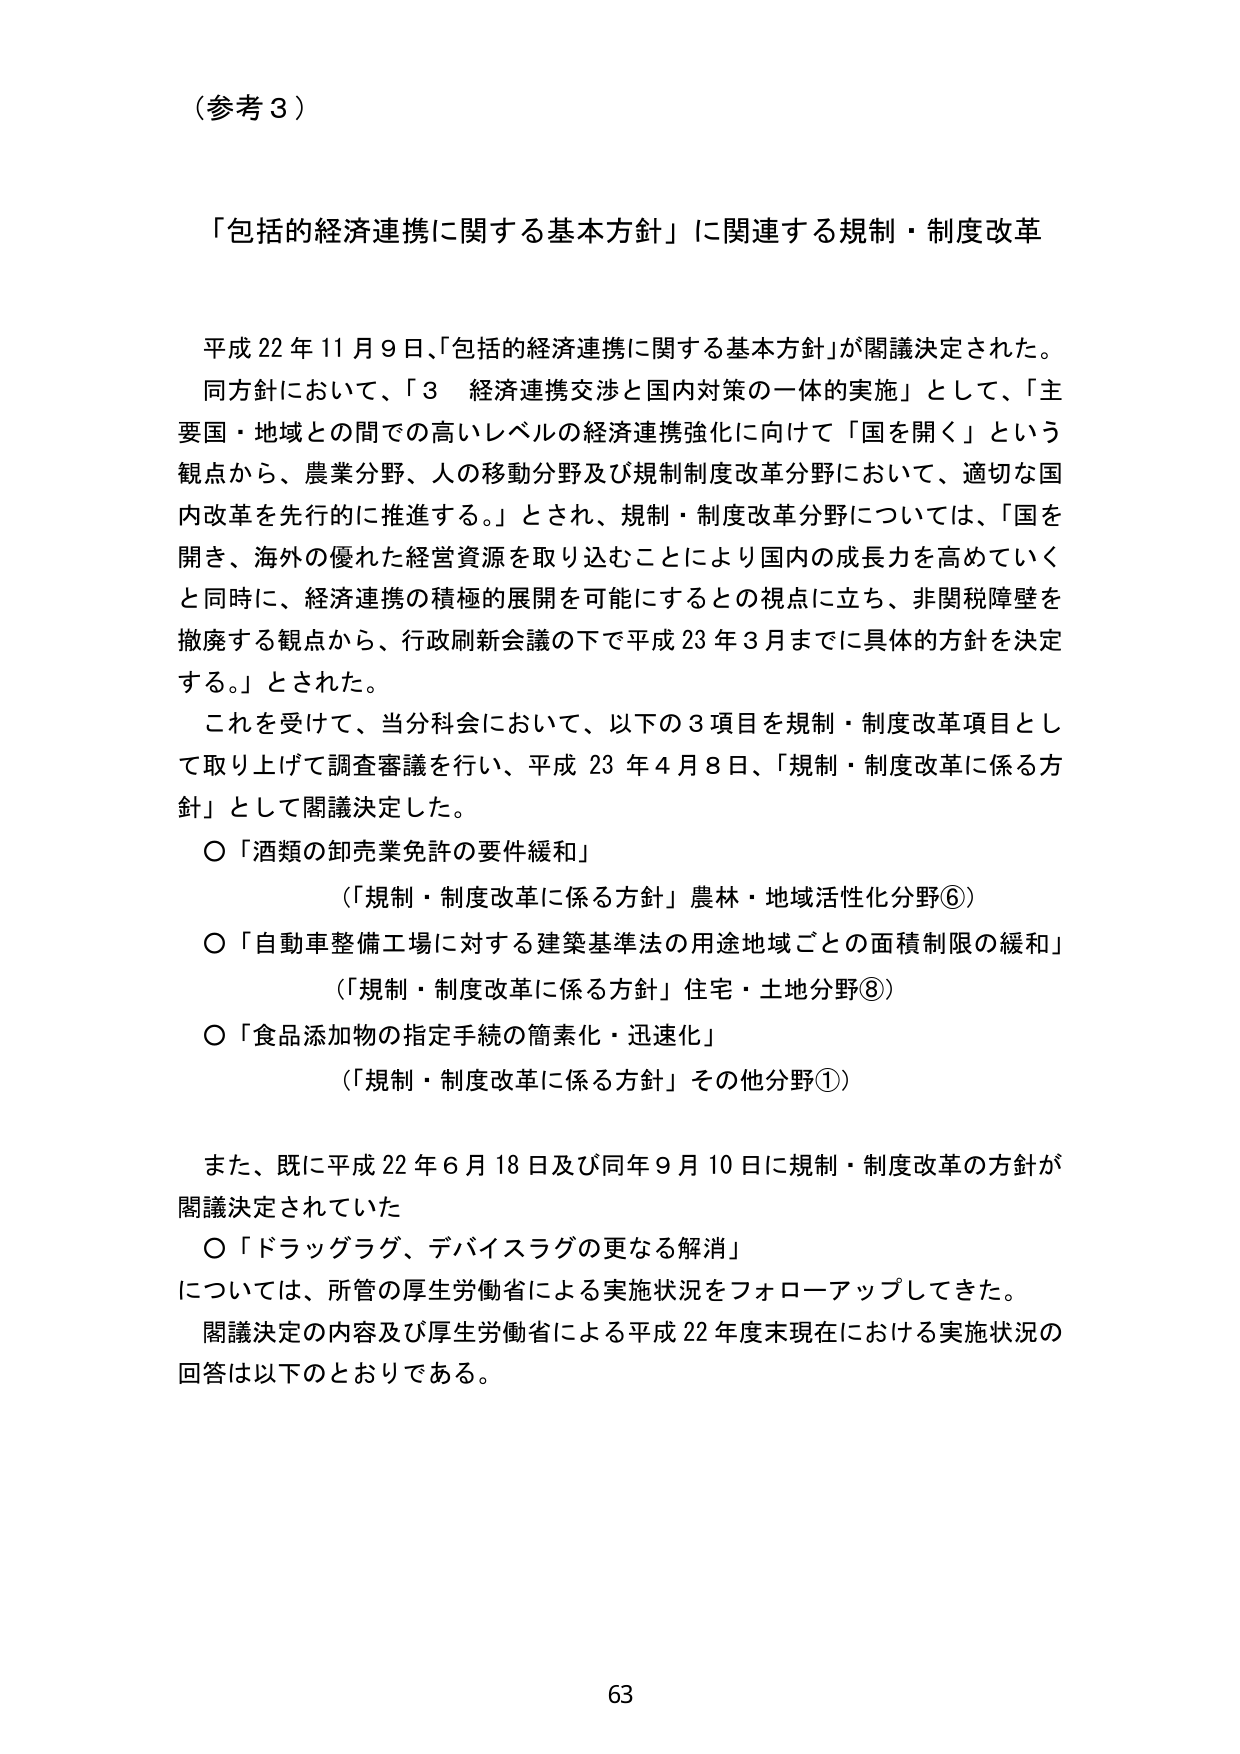
（参考３）

「包括的経済連携に関する基本方針」に関連する規制・制度改革

平成22年11月9日、「包括的経済連携に関する基本方針」が閣議決定された。
同方針において、「3 経済連携交渉と国内対策の一体的実施」として、「主要国・地域との間での高いレベルの経済連携強化に向けて「国を開く」という観点から、農業分野、人の移動分野及び規制制度改革分野において、適切な国内改革を先行的に推進する。」とされ、規制・制度改革分野については、「国を開き、海外の優れた経営資源を取り込むことにより国内の成長力を高めていくと同時に、経済連携の積極的展開を可能にするとの視点に立ち、非関税障壁を撤廃する観点から、行政刷新会議の下で平成23年3月までに具体的方針を決定する。」とされた。
これを受けて、当分科会において、以下の3項目を規制・制度改革項目として取り上げて調査審議を行い、平成23年4月8日、「規制・制度改革に係る方針」として閣議決定した。
○「酒類の卸売業免許の要件緩和」
　（「規制・制度改革に係る方針」農林・地域活性化分野⑥）
○「自動車整備工場に対する建築基準法の用途地域ごとの面積制限の緩和」
　（「規制・制度改革に係る方針」住宅・土地分野⑧）
○「食品添加物の指定手続の簡素化・迅速化」
　（「規制・制度改革に係る方針」その他分野①）

また、既に平成22年6月18日及び同年9月10日に規制・制度改革の方針が閣議決定されていた
○「ドラッグラグ、デバイスラグの更なる解消」
については、所管の厚生労働省による実施状況をフォローアップしてきた。
閣議決定の内容及び厚生労働省による平成22年度末現在における実施状況の回答は以下のとおりである。

63